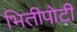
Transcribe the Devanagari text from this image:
भितीपोटी